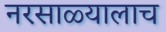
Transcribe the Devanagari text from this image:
नरसाळ्यालाच